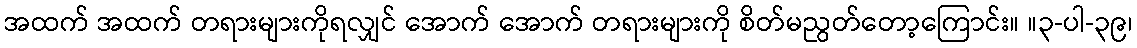
အထက် အထက် တရားများကိုရလျှင် အောက် အောက် တရားများကို စိတ်မညွတ်တော့ကြောင်း။ ။၃-ပါ-၃၉၊